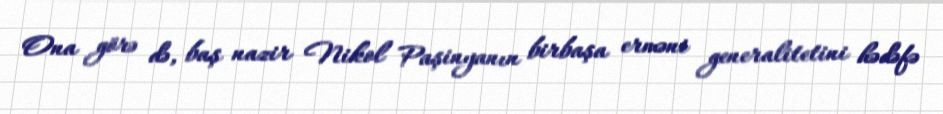
Ona görə də, baş nazir Nikol Paşinyanın birbaşa erməni generalitetini hədəfə